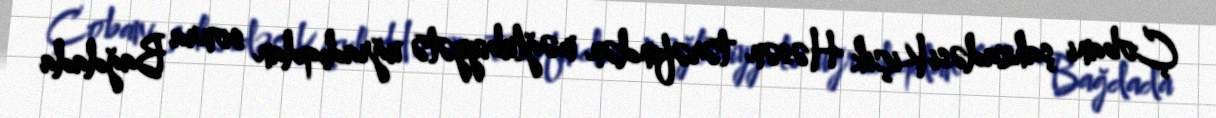
Çobani şahzadəsi Kiçik Həsən tərəfindən məğlubiyyətə uğradıqdan sonra Bağdada